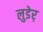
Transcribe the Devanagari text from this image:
लुडेर्